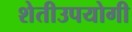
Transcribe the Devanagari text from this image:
शेतीउपयोगी